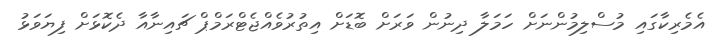
އެމެރިކާގައި މުސްލިމުންނަށް ހަމަލާ ދިނުން ވަރަށް ބޮޑަށް އިތުރުވެއްޖެޓްރަމްޕް ޗައިނާއާ ދެކޮޅަށް ފިޔަވަޅު